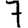
Digit: 7